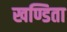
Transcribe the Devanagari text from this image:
खण्डिता